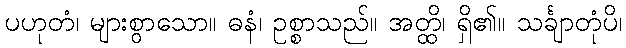
ပဟုတံ၊ များစွာသော။ ဓနံ၊ ဥစ္စာသည်။ အတ္ထိ၊ ရှိ၏။ သင်္ချာတုံပိ၊